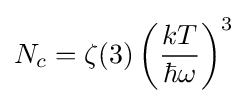
N_{c}=\zeta (3)\left({\frac {kT}{\hbar \omega }}\right)^{3}